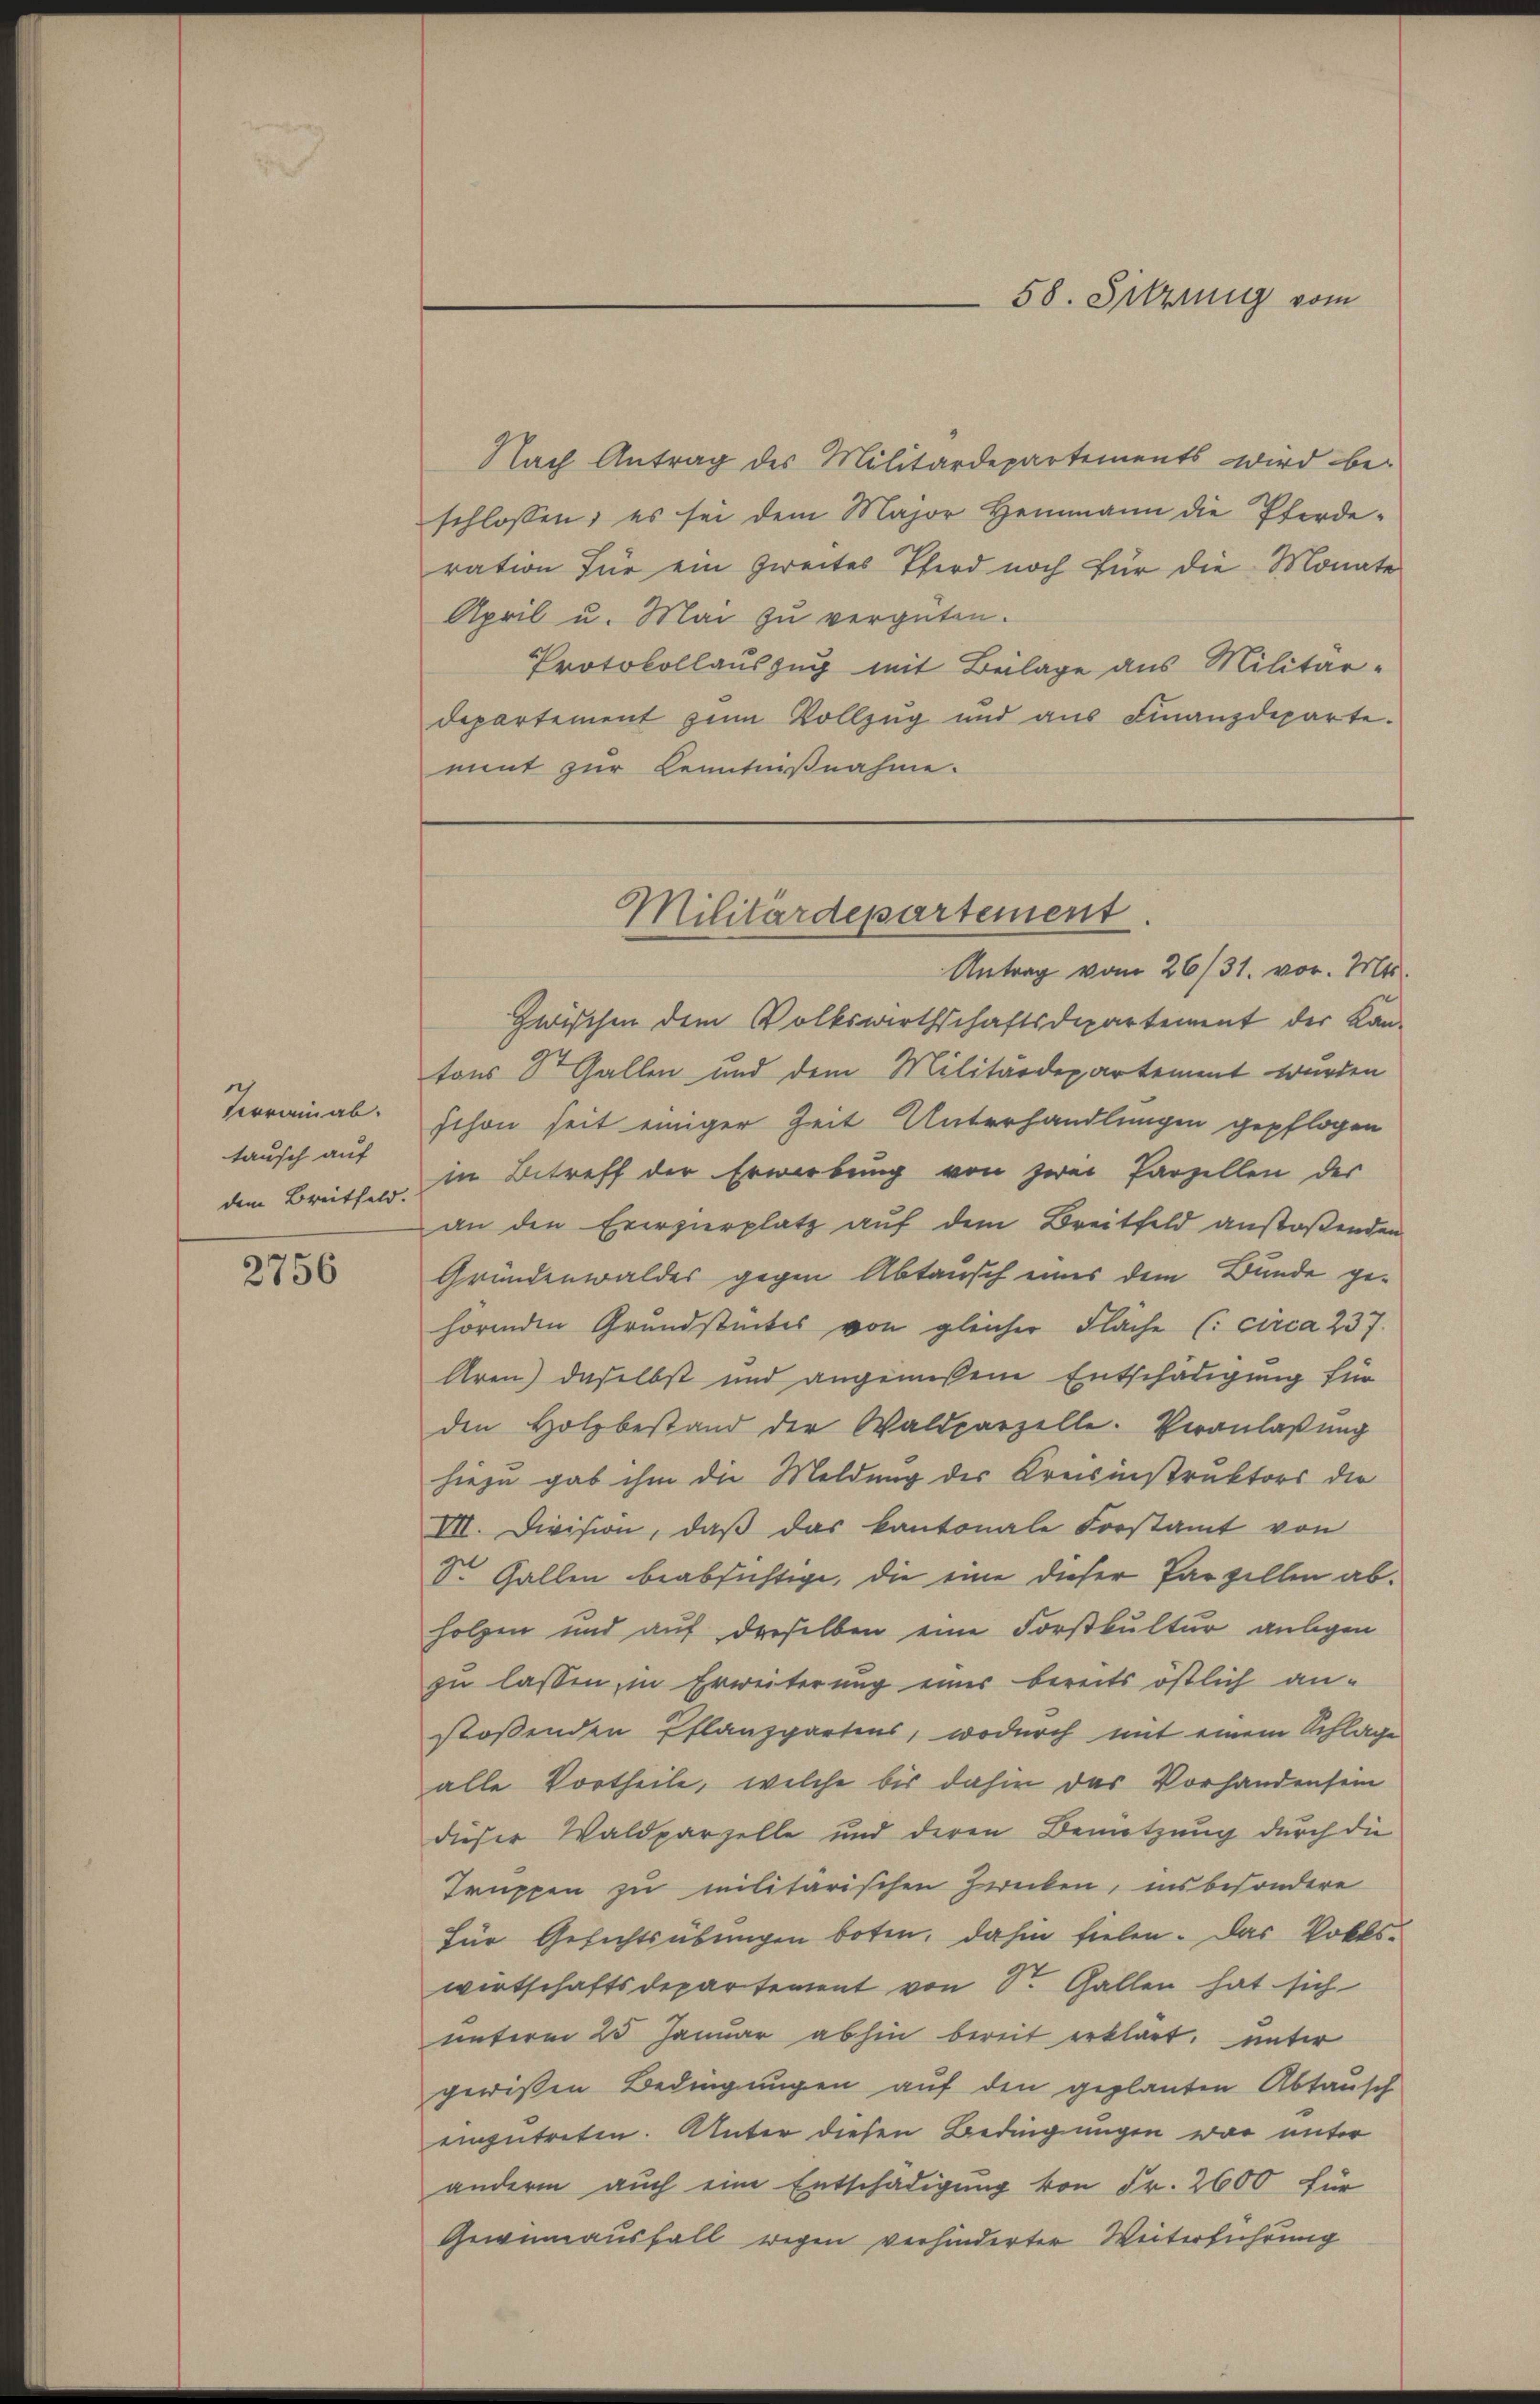
Verrainab.
tausch auf
dem Breitfeld.

2756

Nach Antrag des Militärdepartements wird be-
schlossen, es sei dem Major Heimann die Pferderation für ein Zweites Pferd noch für die Monate
April u. Mai zu vergüten.
Protokollauszug mit Beilage aus Militär-
departement zum Vollzug und aus Finanzdeparte.
nent zur Kenntnißnahme.

58. Sehrung vom

Zwischen dem Volkswirthschaftsdepartement der Kan-
tons St. Gallen und dem Militärdepartement wurden
schon seit einiger Zeit Unterhandlungen gepflogen
in Betreff der Erwerbung von zwei Parzellen der
an den Ererzierplatz auf dem Breitfeld anstoßenden
Gründenwaldes gegen Abtausch eines dem Bunde gehörenden Grundstückes von gleicher Flache (: circa 237
Aren) daselbst und angemeßene Entschädigung für
den Holzbestand der Waldparzelle. Veranlaβŭng
hiezu gab ihm die Meldung des Kreisinstruktors die
VII. Division, daβ das kantonale Forstamt von
St. Gallen beabsichtige, die eine dieser Parzellen abholzen und auf derselben eine Forstkultur anlegen
zu lassen, in Erweiterung einer bereits östlich an-
stossenden Pflanzpartens, wodurch mit einem Schlage
alle Vortheile, welche bis dahin das Vorhandensein
dieser Waldparzelle und deren Benützung durch die
Truppen zu militärischen Zwecken, insbesondere
für Gesichtsübungen boten, dahin fielen. Das Volkswirtschaftsdepartement von Sr. Gallen hat sich
unterm 25 Januar abhin bereit erklärt. unter
gewißen Bedingungen auf den geplanten Abtausch
einzutreten. Unter diesen Bedingungen war unter
andern auch eine Entschädigung von Fr. 2600 für
Gewinnausfall wegen verhinderter Weiterführung

Militärdepartement
Antrag vom 26/31. vor. Mts.